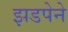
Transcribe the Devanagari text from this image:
झडपेने